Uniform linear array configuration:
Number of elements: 16
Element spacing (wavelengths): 1
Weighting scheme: exponential
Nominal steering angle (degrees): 45
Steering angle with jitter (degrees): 43.739
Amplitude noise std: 0.05
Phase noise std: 0.05

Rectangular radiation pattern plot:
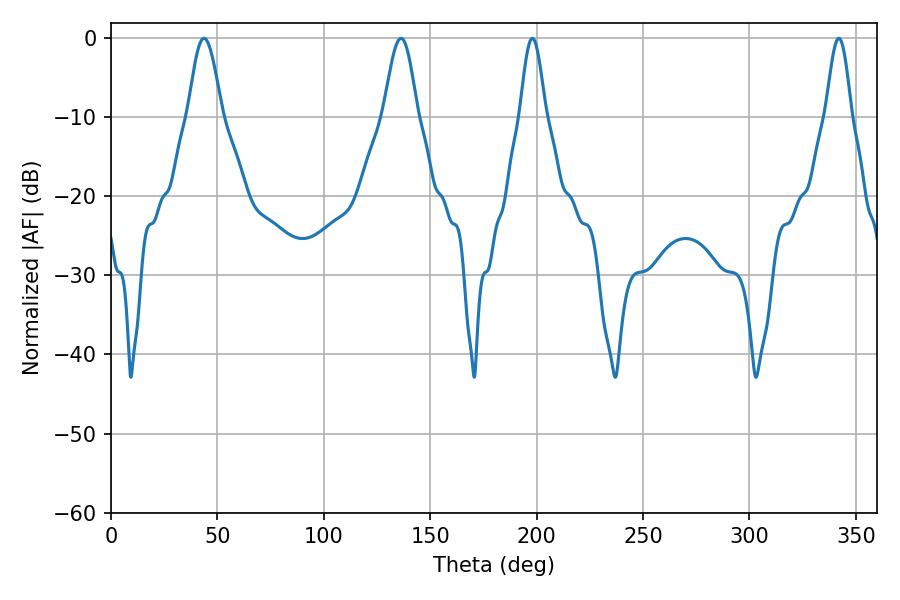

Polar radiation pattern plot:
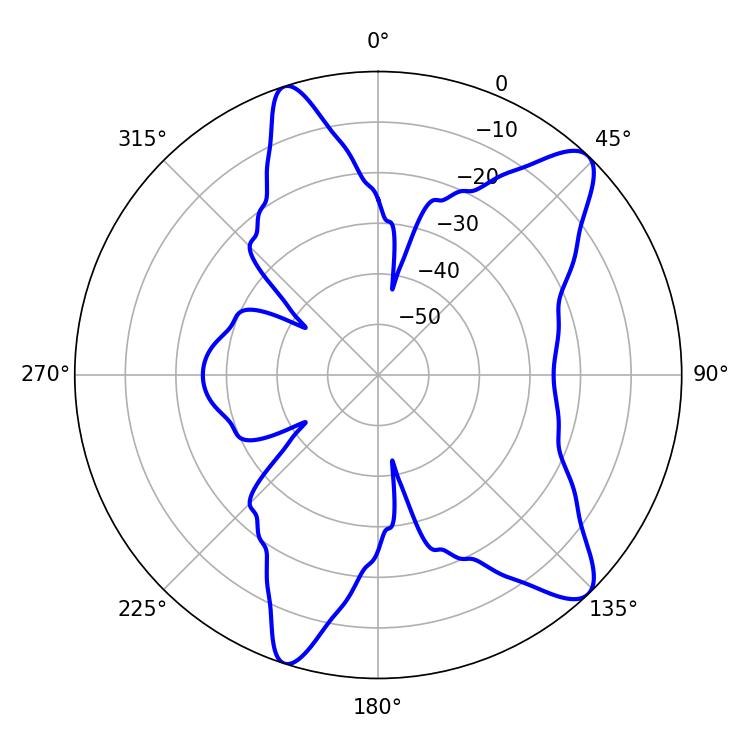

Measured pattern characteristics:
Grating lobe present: TRUE
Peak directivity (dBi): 10.865
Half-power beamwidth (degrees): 6.3
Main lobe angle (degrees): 198